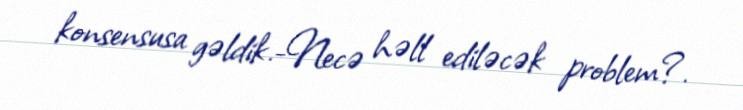
konsensusa gəldik.-Necə həll ediləcək problem?.